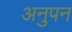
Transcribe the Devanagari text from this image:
अनुपन